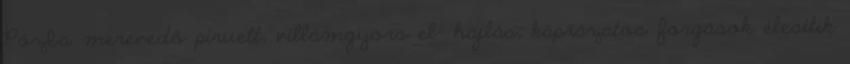
Pózba merevedő piruett, villámgyors el- hajlás, káprázatos forgások élesítik